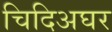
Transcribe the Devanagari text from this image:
चिदिअघर